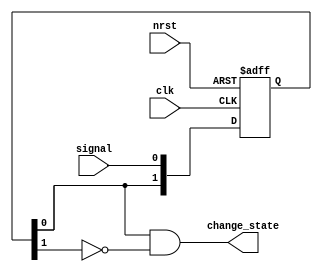
`default_nettype none
module t06_edge_detect (
	signal,
	clk,
	nrst,
	change_state
);
	input wire signal;
	input wire clk;
	input wire nrst;
	output wire change_state;
	reg [1:0] Q;
	always @(posedge clk or negedge nrst)
		if (~nrst)
			Q <= 0;
		else
			Q <= {Q[0], signal};
	assign change_state = Q[0] & ~Q[1];
endmodule